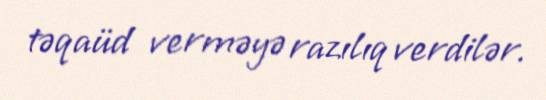
təqaüd verməyə razılıq verdilər.